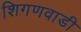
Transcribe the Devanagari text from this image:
शिगणवाडी